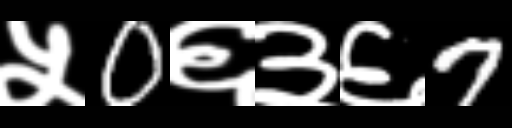
Text: ५0६३६7